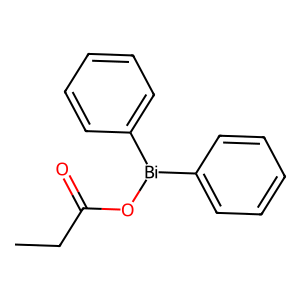
SMILES: CCC(=O)O[Bi](c1ccccc1)c1ccccc1
Inhibits HIV replication: No